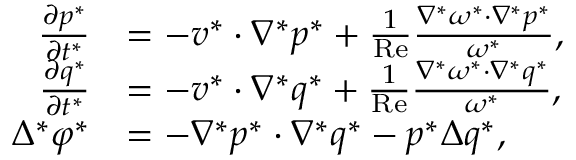
\begin{array} { r l } { \frac { \partial p ^ { * } } { \partial t ^ { * } } } & { = - \boldsymbol { v ^ { * } } \cdot \nabla ^ { * } p ^ { * } + \frac { 1 } { \mathrm { R e } } \frac { \nabla ^ { * } \omega ^ { * } \cdot \nabla ^ { * } p ^ { * } } { \omega ^ { * } } , } \\ { \frac { \partial q ^ { * } } { \partial t ^ { * } } } & { = - \boldsymbol { v ^ { * } } \cdot \nabla ^ { * } q ^ { * } + \frac { 1 } { \mathrm { R e } } \frac { \nabla ^ { * } \omega ^ { * } \cdot \nabla ^ { * } q ^ { * } } { \omega ^ { * } } , } \\ { \Delta ^ { * } \varphi ^ { * } } & { = - \nabla ^ { * } p ^ { * } \cdot \nabla ^ { * } q ^ { * } - p ^ { * } \Delta q ^ { * } , } \end{array}